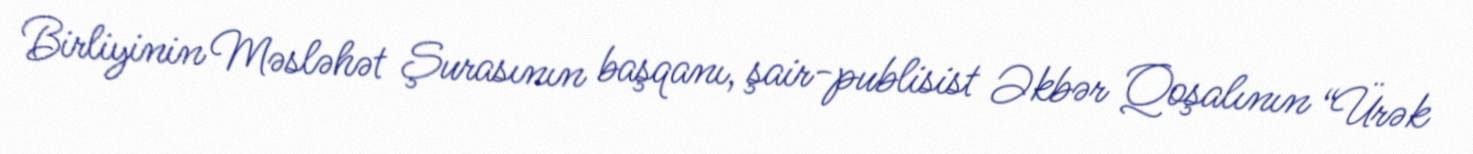
Birliyinin Məsləhət Şurasının başqanı, şair-publisist Əkbər Qoşalının “Ürək